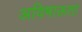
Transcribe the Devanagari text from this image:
अविषाक्तता